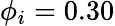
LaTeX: \phi_{i}=0.30